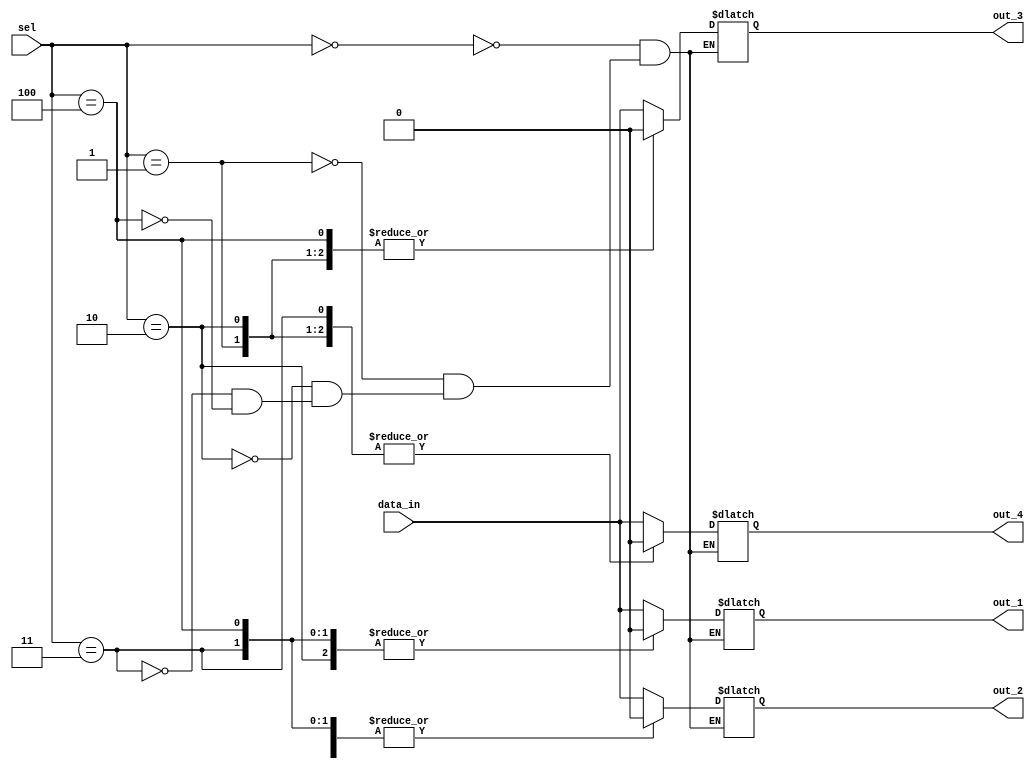
module demux_1to4 (
    input wire data_in,
    input wire [2:0] sel,
    output reg out_1,
    output reg out_2,
    output reg out_3,
    output reg out_4
);

always @(*) begin
    case(sel)
        3'b000: begin
            out_1 = data_in;
            out_2 = data_in;
            out_3 = data_in;
            out_4 = data_in;
        end
        3'b001: begin
            out_1 = data_in;
            out_2 = 1'b0;
            out_3 = 1'b0;
            out_4 = 1'b0;
        end
        3'b010: begin
            out_1 = 1'b0;
            out_2 = data_in;
            out_3 = 1'b0;
            out_4 = 1'b0;
        end
        3'b011: begin
            out_1 = 1'b0;
            out_2 = 1'b0;
            out_3 = data_in;
            out_4 = 1'b0;
        end
        3'b100: begin
            out_1 = 1'b0;
            out_2 = 1'b0;
            out_3 = 1'b0;
            out_4 = data_in;
        end
    endcase
end

endmodule